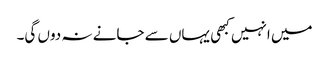
میں انہیں کبھی یہاں سے جانے نہ دوں گی۔